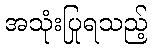
အသုံးပြုရသည့်